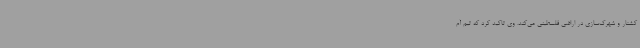
کشتار و شهرک‌سازی در اراضی فلسطینی می‌کند. وی تاکید کرد که تیم آم